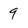
Character: 9